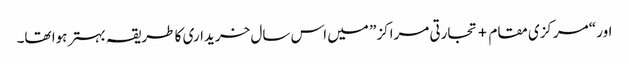
اور “مرکزی مقام + تجارتی مراکز” میں اس سال خریداری کا طریقہ بہتر ہوا تھا۔